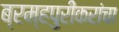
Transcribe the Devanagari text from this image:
ब्रम्हपुरीकरांचा